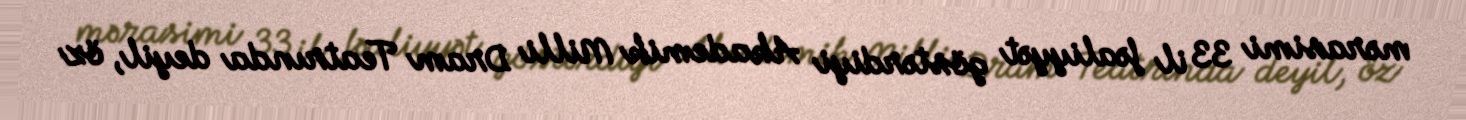
mərasimi 33 il fəaliyyət göstərdiyi Akademik Milli Dram Teatrında deyil, öz